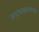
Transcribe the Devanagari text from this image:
उद्भवल्यास